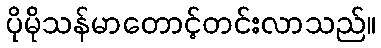
ပိုမိုသန်မာတောင့်တင်းလာသည်။